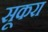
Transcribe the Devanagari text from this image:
सूकरा